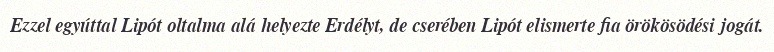
Ezzel egyúttal Lipót oltalma alá helyezte Erdélyt, de cserében Lipót elismerte fia örökösödési jogát.